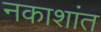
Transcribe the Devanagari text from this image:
नकाशांत